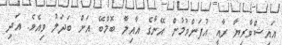
އައިޝްވާރިޔާ ރާއީ އުފަންވުމުން އޭނާގެ އާއިލާ ބޮމްބޭ އަށް ބަދަލު ވިއެވެ. އަދި